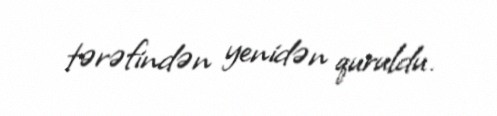
tərəfindən yenidən quruldu.